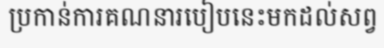
ប្រកាន់ការគណនារបៀបនេះមកដល់សព្វ